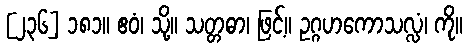
[၂၃၆] ၁၈၁။ ဧဝံ၊ သို့။ သတ္တဓာ၊ ဖြင့်။ ဥဂ္ဂဟကောသလ္လံ၊ ကို။